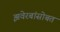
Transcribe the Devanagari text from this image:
झवेरबांसोबत